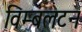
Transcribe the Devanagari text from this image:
विम्‍बलटन